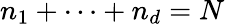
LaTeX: n_{1}+\cdots+n_{d}=N